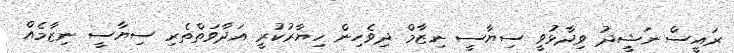
ރައީސް ނަޝީދު ވިދާޅުވީ ސިޔާސީ ނިޒާމް ދިވެހިން ހިޔާރުކުރީ އަދާވަތްތެރި ސިޔާސީ ނިޒާމެއް